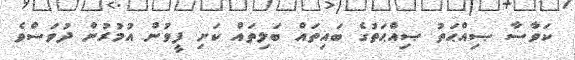
ކަވާސާ ޞިއްޙަތު ޞިއްޙަތުގެ ބައިތައް ބަލިތައް ކަށި ފީވުން އުމުރުން ދުވަސްވެ